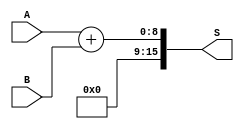
module adder(input wire [N-1:0] A,
             input wire [N-1:0] B,
             output wire [2*N-1:0] S
            );

    parameter N = 8;
    assign S = A + B;

endmodule